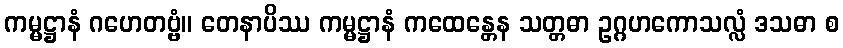
ကမ္မဋ္ဌာနံ ဂဟေတဗ္ဗံ။ တေနာပိဿ ကမ္မဋ္ဌာနံ ကထေန္တေန သတ္တဓာ ဥဂ္ဂဟကောသလ္လံ ဒသဓာ စ